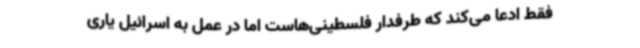
فقط ادعا می‌کند که طرفدار فلسطینی‌هاست اما در عمل به اسرائیل یاری